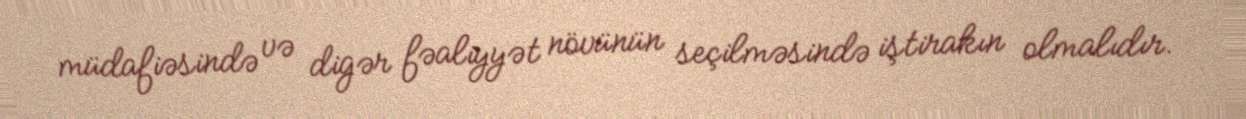
müdafiəsində və digər fəaliyyət növünün seçilməsində iştirakın olmalıdır.